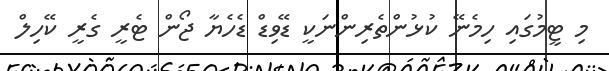
މި ޓީމުގައި ހިމެނޭ ކުޅުންތެރިންނަކީ ޑޭވިޑް ޑެހެޔާ ޖޯން ޓެރީ ގެރީ ކޭހިލް